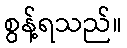
စွန့်ရသည်။